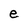
Character: e